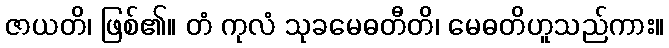
ဇာယတိ၊ ဖြစ်၏။ တံ ကုလံ သုခမေဓတီတိ၊ မေဓတိဟူသည်ကား။